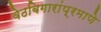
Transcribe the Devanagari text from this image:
वेठबिगारांप्रमाणे